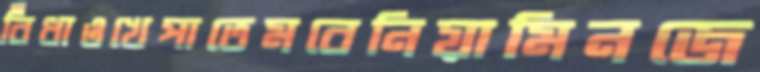
বিঁধাওখেপাতেমবেনিয়ামিনজে